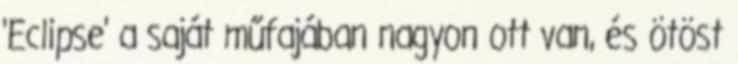
'Eclipse' a saját műfajában nagyon ott van, és ötöst